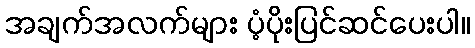
အချက်အလက်များ ပံ့ပိုးပြင်ဆင်ပေးပါ။